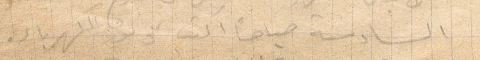
السادسة صباحًا اكتب على ضوء الكهرباء.